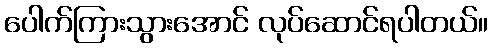
ပေါက်ကြားသွားအောင် လုပ်ဆောင်ရပါတယ်။